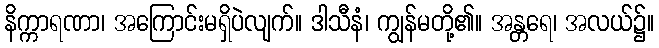
နိက္ကာရဏာ၊ အကြောင်းမရှိပဲလျက်။ ဒါသီနံ၊ ကျွန်မတို့၏။ အန္တရေ၊ အလယ်၌။